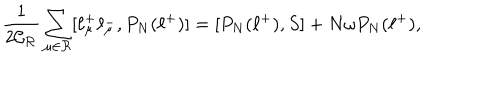
\frac { 1 } { 2 \mathcal { C _ { R } } } \sum _ { \mu \in \mathcal { R } } [ \ell _ { \mu } ^ { + } \ell _ { \mu } ^ { - } , P _ { N } ( \ell ^ { + } ) ] = [ P _ { N } ( \ell ^ { + } ) , S ] + N \omega P _ { N } ( \ell ^ { + } ) ,